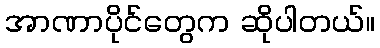
အာဏာပိုင်တွေက ဆိုပါတယ်။